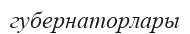
губернаторлары